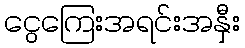
ငွေကြေးအရင်းအနှီး